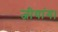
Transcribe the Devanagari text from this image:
जीयांग।